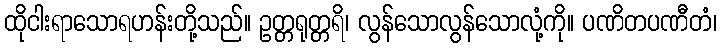
ထိုငါးရာသောရဟန်းတို့သည်။ ဥတ္တရုတ္တရိ၊ လွန်သောလွန်သောလုံ့ကို။ ပဏိတပဏီတံ၊